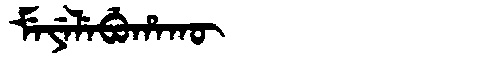
Manchu: ᠮᡝᠶᡝᠯᡝᠪᡠᡥᠠᡴᡡ
Romanization: MEYELEBUHAKŪ